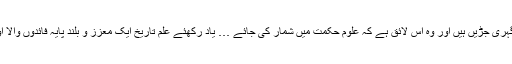
اسی لئے تاریخ کی دنیائے فلسفہ میں گہری جڑیں ہیں اور وہ اس لائق ہے کہ علوم حکمت میں شمار کی جائے … یاد رکھئے علم تاریخ ایک معزز و بلند پایہ فائدوں والا اور شریف غرض و غایت والا فن ہے ۔